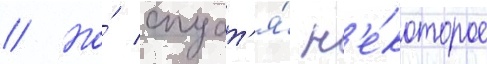
// Но́ спуст'я́ н'е́которое